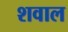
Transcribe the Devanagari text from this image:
शवाल